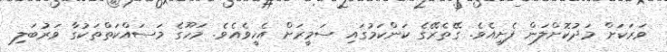
ވަރަކަށް މަދުކޮށްލަން ފެށިއެވެ. ގޭތެރޭގެ ކަންކަމުގައި ސަމީރަށް އެހީވެއެވެ. މަހޫގެ މަސައްކަތްތަކުގާ ވަރުބަލި